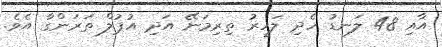
އާއި 48 ލަނޑު ހެދި ލަހީރު ތިރިމަނޭ އަދި އުޕުލް ތަރަންގާ އެވެ.